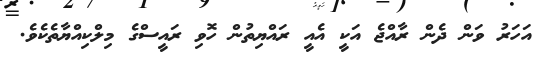
އަހަރު ވަން ދެން ރާއްޖެ އަކީ އެއީ ރައްޔިތުން ހޮވި ރައީސްގެ މިލްކިއްޔާތެކެވެ.